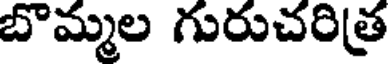
బొమ్మల గురుచరిత్ర